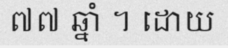
៧៧ ឆ្នាំ ។ ដោយ